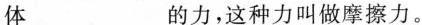
体___的力，这种力叫做摩擦力。